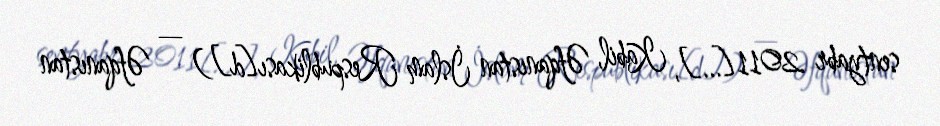
sentyabr 2011[…], Kabil, Əfqanıstan İslam Respublikası[d]) — Əfqanıstan